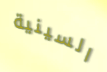
السينية